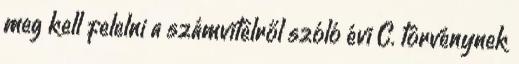
meg kell felelni a számvitelről szóló évi C. törvénynek